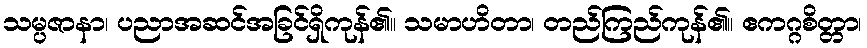
သမ္ပဇာနာ၊ ပညာအဆင်အခြင်ရှိကုန်၏။ သမာဟိတာ၊ တည်ကြည်ကုန်၏။ ဧကဂ္ဂစိတ္တာ၊